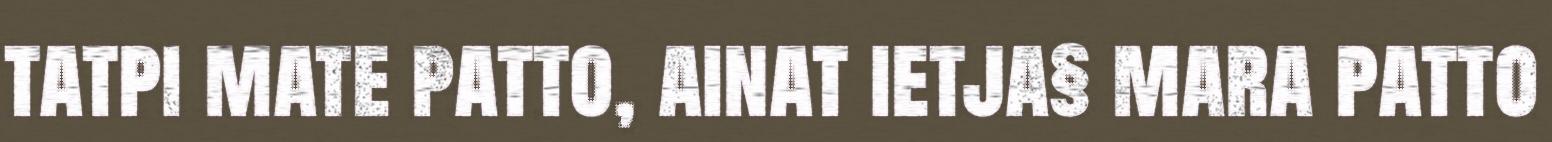
tatpi mate patto, ainat ietja§ mara patto